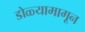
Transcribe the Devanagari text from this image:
डोळ्यामागून